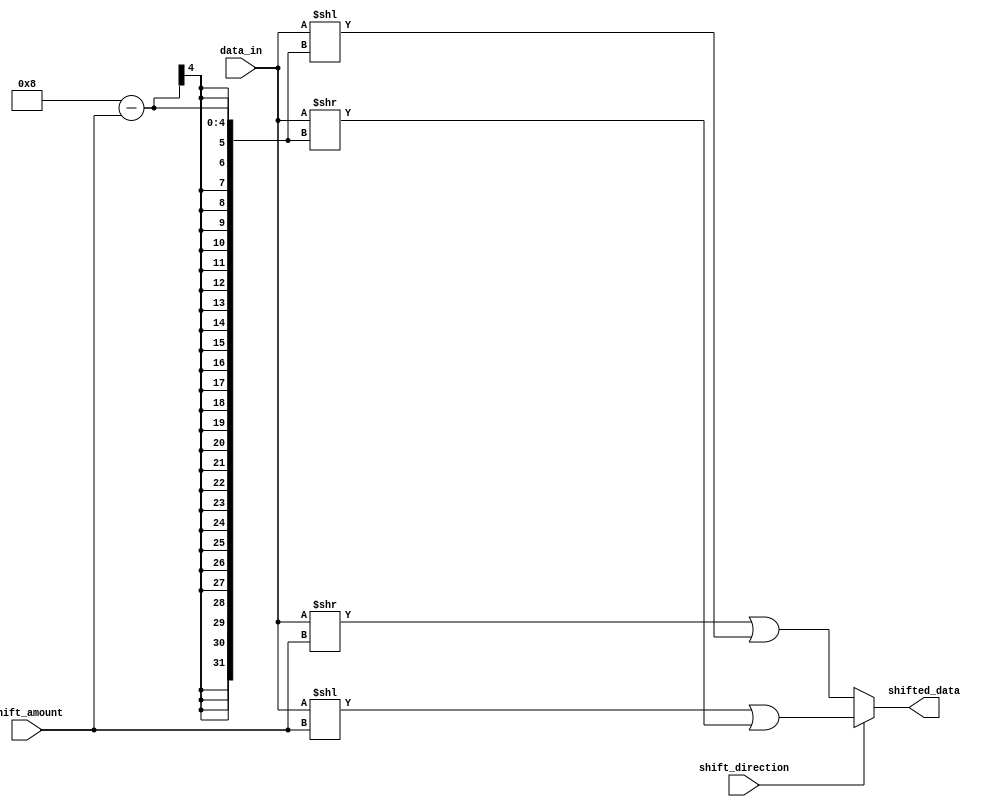
module Circular_Barrel_Shifter (
  input [7:0] data_in,
  input [2:0] shift_amount,
  input shift_direction, // 0 for right shift, 1 for left shift 
  output [7:0] shifted_data
);

reg [7:0] shifted_data_reg;

always @(*) begin
  if (shift_direction == 1) begin // left shift
    shifted_data_reg = (data_in << shift_amount) | (data_in >> (8 - shift_amount));
  end else begin // right shift
    shifted_data_reg = (data_in >> shift_amount) | (data_in << (8 - shift_amount));
  end
end

assign shifted_data = shifted_data_reg;

endmodule